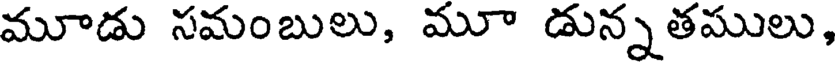
మూడు సమంబులు, మూ డున్నతములు,